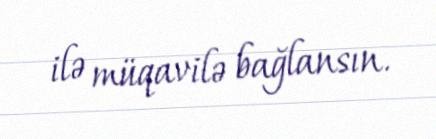
ilə müqavilə bağlansın.